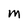
Character: m